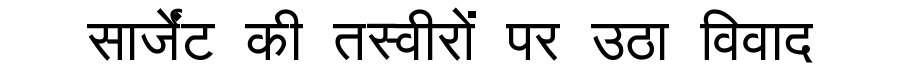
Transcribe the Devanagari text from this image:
सार्जेंट की तस्वीरों पर उठा विवाद